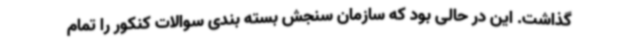
گذاشت. این در حالی بود که سازمان سنجش بسته بندی سوالات کنکور را تمام